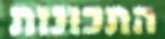
התכונות